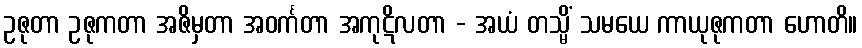
ဥဇုတာ ဥဇုကတာ အဇိမှတာ အဝင်္ကတာ အကုဋိလတာ - အယံ တသ္မိံ သမယေ ကာယုဇုကတာ ဟောတိ။